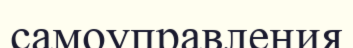
самоуправления